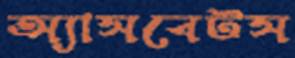
অ্যাসবেটস